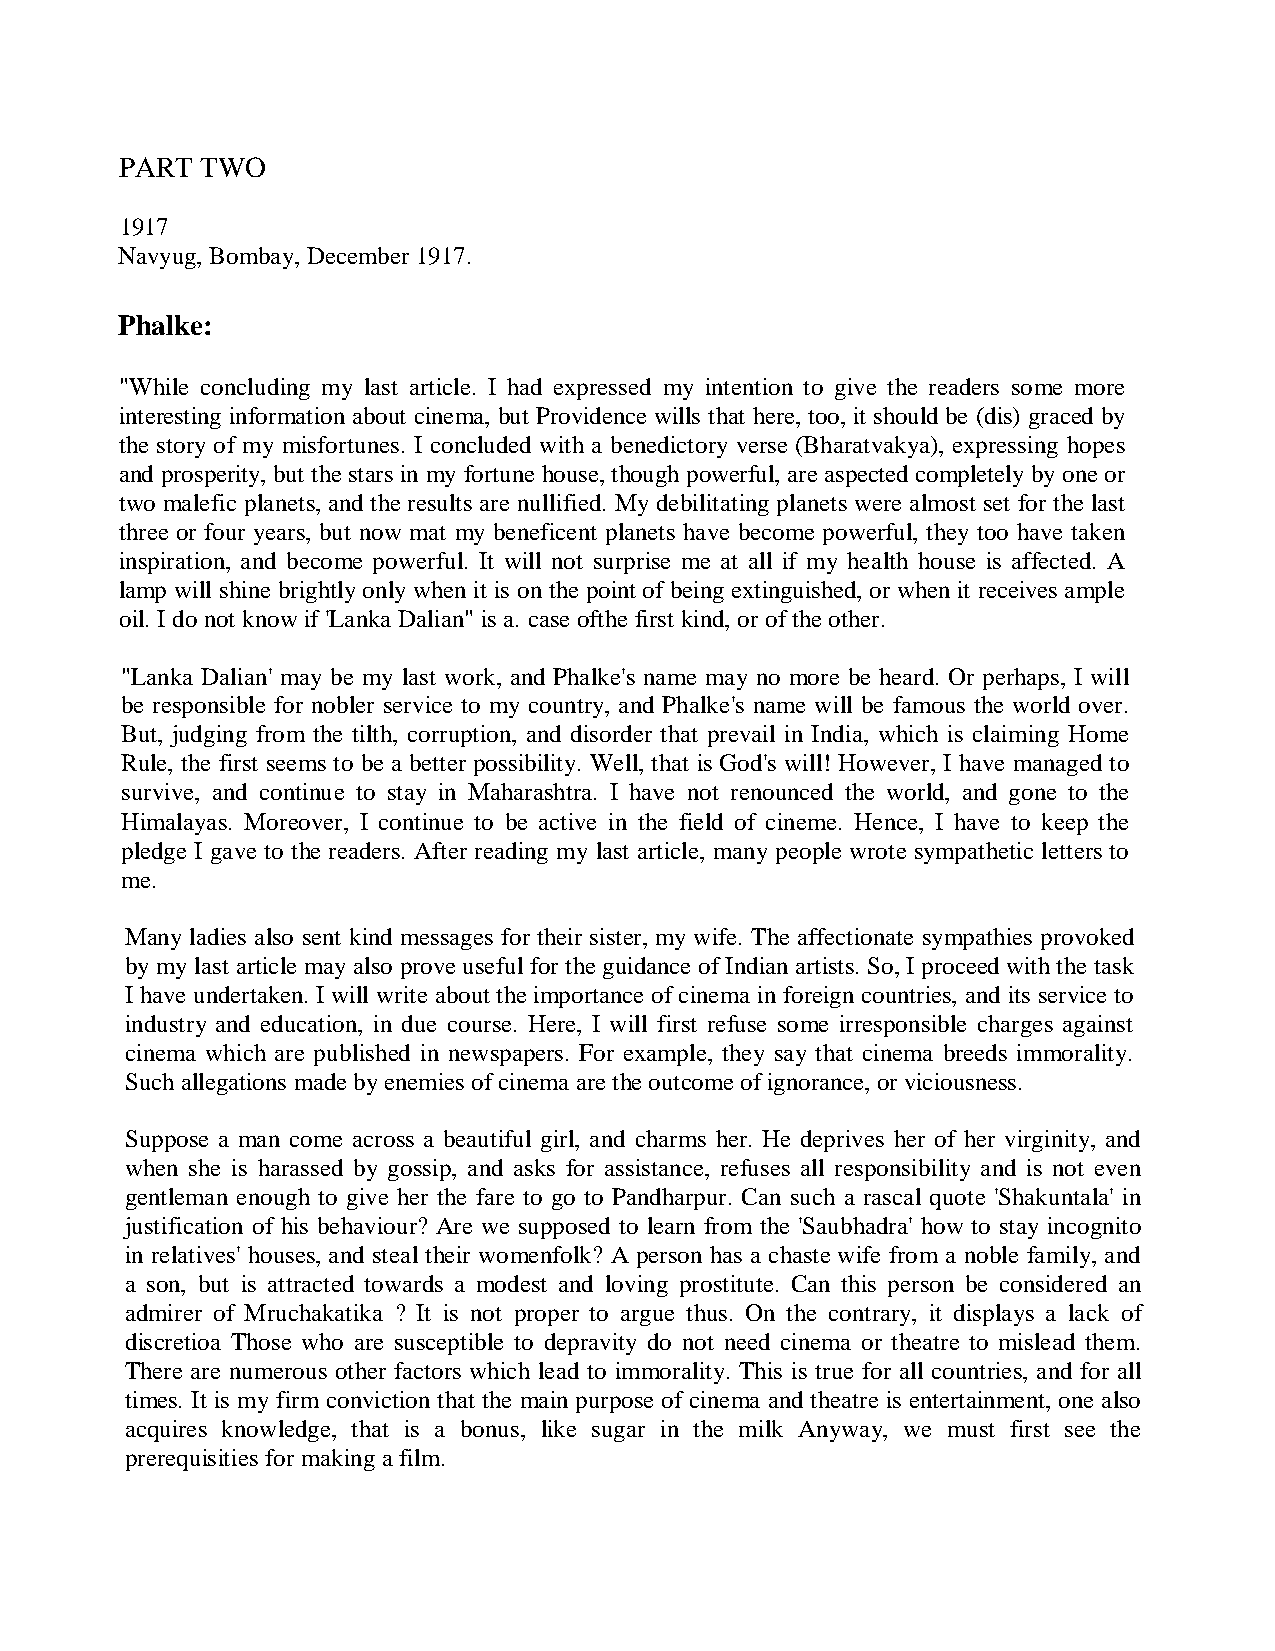
PART TWO
 1917
 Navyug, Bombay, December 1917.
 Phalke:
 "While concluding my last article. I had expressed my intention to give the readers some more
 interesting information about cinema, but Providence wills that here, too, it should be (dis) graced by
 the story of my misfortunes. I concluded with a benedictory verse (Bharatvakya), expressing hopes
 and prosperity, but the stars in my fortune house, though powerful, are aspected completely by one or
 two malefic planets, and the results are nullified. My debilitating planets were almost set for the last
 three or four years, but now mat my beneficent planets have become powerful, they too have taken
 inspiration, and become powerful. It will not surprise me at all if my health house is affected. A
 lamp will shine brightly only when it is on the point of being extinguished, or when it receives ample
 oil. I do not know if 'Lanka Dalian" is a. case ofthe first kind, or of the other.
 "Lanka Dalian' may be my last work, and Phalke's name may no more be heard. Or perhaps, I will
 be responsible for nobler service to my country, and Phalke's name will be famous the world over.
 But, judging from the tilth, corruption, and disorder that prevail in India, which is claiming Home
 Rule, the first seems to be a better possibility. Well, that is God's will! However, I have managed to
 survive, and continue to stay in Maharashtra. I have not renounced the world, and gone to the
 Himalayas. Moreover, I continue to be active in the field of cineme. Hence, I have to keep the
 pledge I gave to the readers. After reading my last article, many people wrote sympathetic letters to
 me.
 Many ladies also sent kind messages for their sister, my wife. The affectionate sympathies provoked
 by my last article may also prove useful for the guidance of Indian artists. So, I proceed with the task
 I have undertaken. I will write about the importance of cinema in foreign countries, and its service to
 industry and education, in due course. Here, I will first refuse some irresponsible charges against
 cinema which are published in newspapers. For example, they say that cinema breeds immorality.
 Such allegations made by enemies of cinema are the outcome of ignorance, or viciousness .
 Suppose a man come across a beautiful girl, and charms her. He deprives her of her virginity, and
 when she is harassed by gossip, and asks for assistance, refuses all responsibility and is not even
 gentleman enough to give her the fare to go to Pandharpur. Can such a rascal quote 'Shakuntala' in
 justification of his behaviour? Are we supposed to learn from the 'Saubhadra' how to stay incognito
 in relatives' houses, and steal their womenfolk? A person has a chaste wife from a noble family, and
 a son, but is attracted towards a modest and loving prostitute. Can this person be considered an
 admirer of Mruchakatika ? It is not proper to argue thus. On the contrary, it displays a lack of
 discretioa Those who are susceptible to depravity do not need cinema or theatre to mislead them.
 There are numerous other factors which lead to immorality. This is true for all countries, and for all
 times. It is my firm conviction that the main purpose of cinema and theatre is entertainment, one also
 acquires knowledge, that is a bonus, like sugar in the milk Anyway, we must first see the
 prerequisities for making a film.